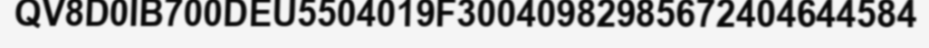
QV8D0IB700DEU5504019F30040982985672404644584